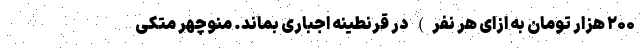
۲۰۰ هزار تومان به ازای هر نفر) در قرنطینه اجباری بماند. منوچهر متکی